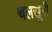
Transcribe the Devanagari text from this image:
थलखुरी